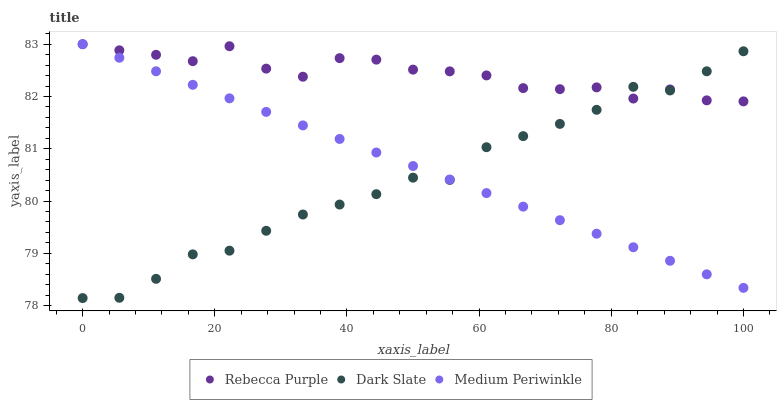
| xaxis_label | Rebecca Purple | Dark Slate | Medium Periwinkle |
 | --- | --- | --- | --- |
 | 0 | 83 | 78.1 | 83 |
 | 5.56 | 82.9 | 78.1 | 82.7 |
 | 11.1 | 82.8 | 78.5 | 82.5 |
 | 16.7 | 82.7 | 79 | 82.2 |
 | 22.2 | 83 | 79.1 | 82 |
 | 27.8 | 82.5 | 79.4 | 81.7 |
 | 33.3 | 82.4 | 79.7 | 81.4 |
 | 38.9 | 82.7 | 79.9 | 81.2 |
 | 44.4 | 82.7 | 80.1 | 80.9 |
 | 50 | 82.5 | 80.4 | 80.7 |
 | 55.6 | 82.5 | 80.4 | 80.4 |
 | 61.1 | 82.4 | 81 | 80.2 |
 | 66.7 | 82.2 | 81.2 | 79.9 |
 | 72.2 | 82.1 | 81.5 | 79.6 |
 | 77.8 | 82.2 | 81.7 | 79.4 |
 | 83.3 | 82 | 82.2 | 79.1 |
 | 88.9 | 82.1 | 82.1 | 78.9 |
 | 94.4 | 81.9 | 82.5 | 78.6 |
 | 100 | 81.9 | 82.9 | 78.3 |